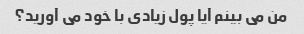
من می بینم آیا پول زیادی با خود می آورید؟